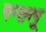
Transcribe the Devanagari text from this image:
पन्तलू